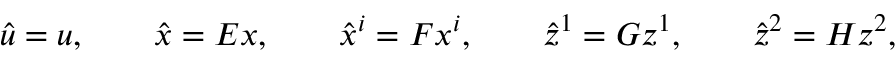
\hat { u } = u , \qquad \hat { x } = E x , \qquad \hat { x } ^ { i } = F x ^ { i } , \qquad \hat { z } ^ { 1 } = G z ^ { 1 } , \qquad \hat { z } ^ { 2 } = H z ^ { 2 } ,